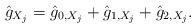
LaTeX: \begin{align*}\hat g_{X_j} = \hat g_{0,X_j} + \hat g_{1,X_j} +\hat g_{2,X_j} .\end{align*}